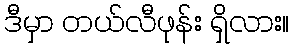
ဒီမှာ တယ်လီဖုန်း ရှိလား။